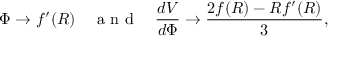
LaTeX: \Phi \to f ^ { \prime } ( R ) \quad { \textrm { a n d } } \quad { \frac { d V } { d \Phi } } \to { \frac { 2 f ( R ) - R f ^ { \prime } ( R ) } { 3 } } ,